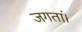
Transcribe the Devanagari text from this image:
जगतां।